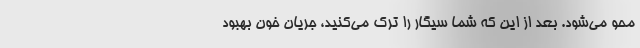
محو می‌شود. بعد از این که شما سیگار را ترک می‌کنید، جریان خون بهبود